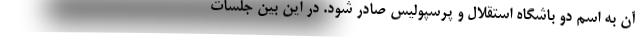
آن به اسم دو باشگاه استقلال و پرسپولیس صادر شود. در این بین جلسات